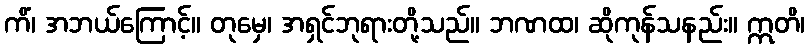
ကိံ၊ အဘယ်ကြောင့်။ တုမှေ၊ အရှင်ဘုရားတို့သည်။ ဘဏထ၊ ဆိုကုန်သနည်း။ ဣတိ၊